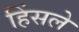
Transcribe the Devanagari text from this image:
हिंसले